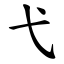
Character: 弋